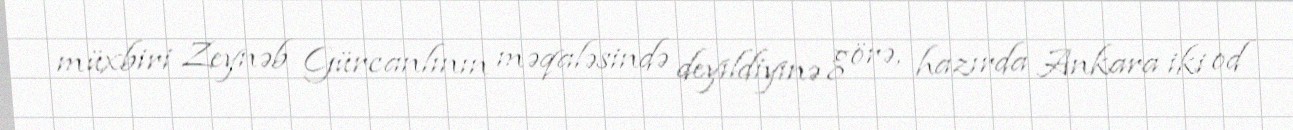
müxbiri Zeynəb Gürcanlının məqaləsində deyildiyinə görə, hazırda Ankara iki od